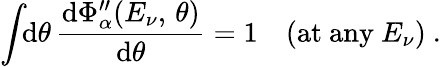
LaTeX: \int\! \! \mathrm{d}\theta\, \frac{{\mathrm{d}\Phi_{\alpha}^{\prime\prime}(E_{\nu},\, \theta)}}{{\mathrm{d}\theta}}=1\quad(\mathrm{{at\ any\ }}E_{\nu})\ .